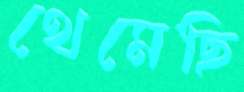
থেমেছি